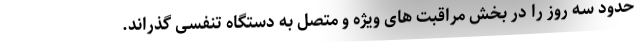
حدود سه روز را در بخش مراقبت های ویژه و متصل به دستگاه تنفسی گذراند.